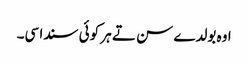
اوہ بولدے سن تے ہر کوئی سندا سی۔